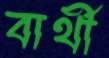
বার্থী